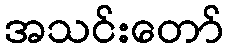
အသင်းတော်